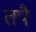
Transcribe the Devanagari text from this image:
तपै